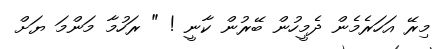
މިރޭ އަހަރެމެން ދެމީީހުން ބޭރުން ކާނީ ! " ރަހުމާ މަންމަ ޔަށް